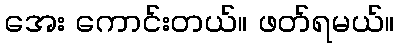
အေး ကောင်းတယ်။ ဖတ်ရမယ်။